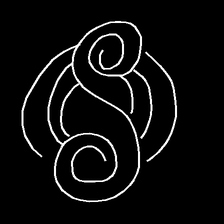
Glyph: wind-underfoot